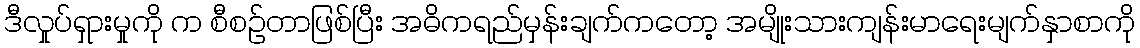
ဒီလှုပ်ရှားမှုကို က စီစဉ်တာဖြစ်ပြီး အဓိကရည်မှန်းချက်ကတော့ အမျိုးသားကျန်းမာရေးမျက်နှာစာကို